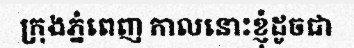
ក្រុងភ្នំពេញ កាលនោះខ្ញុំដូចជា